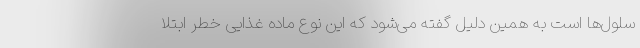
سلول‌ها است به همین دلیل گفته می‌شود که این نوع ماده غذایی خطر ابتلا